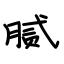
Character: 腻